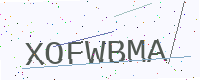
Text: XOFWBMA